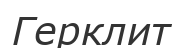
Герклит